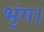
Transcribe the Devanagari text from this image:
भृंग।